Lunatic asylums Central Provinces reports 1886-1894 - 1886-1894
Year: 1886
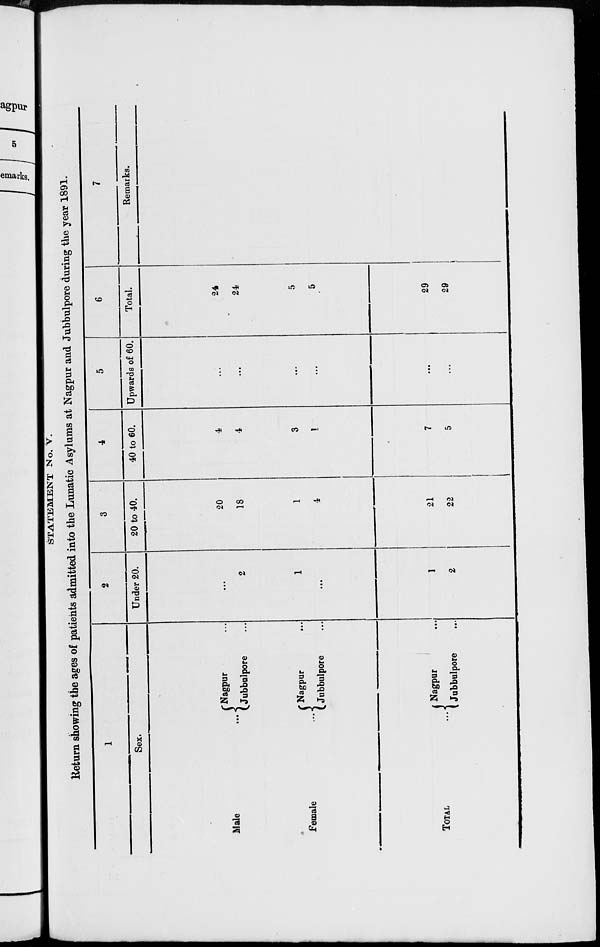
STATEMENT No. V.
Return showing the ages of patients admitted into the Lunatic Asylums at Nagpur and Jubbulpore during the year 1891.
1
Sex.
Male ...
Female ...
TOTAL ...
Nagpur ...
Jubbulpore ...
Nagpur ...
Jubbulpore ...
Nagpur ...
Jubbulpore ...
2
Under 20.
...
2
1
...
1
2
3
20 to 40.
20
18
1
4
21
22
4
40 to 60.
4
4
3
1
7
5
5
Upwards of 60.
...
...
...
...
...
...
6
Total.
24
24
5
5
29
29
7
Remarks.